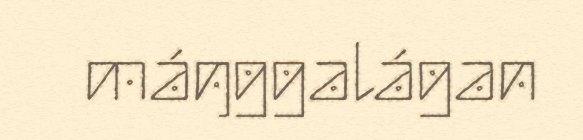
máŋggalágan